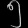
Digit: ၅